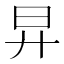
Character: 㫒